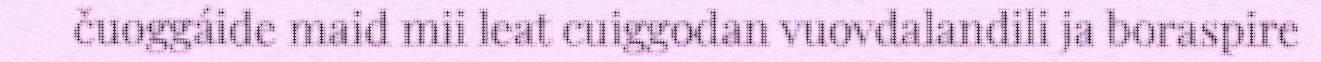
čuoggáide maid mii leat cuiggodan vuovdalandili ja boraspire